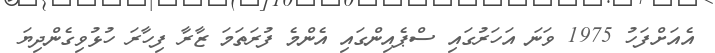
އެއަށްފަހު 1975 ވަނަ އަހަރުގައި ސްޕެއިންގައި އެންމެ ފުރަތަމަ ޒާރާ ފިހާރަ ހުޅުވިގެންދިޔަ